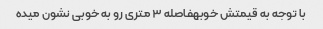
با توجه به قیمتش خوبهفاصله ۳ متری رو به خوبی نشون میده